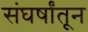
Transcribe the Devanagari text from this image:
संघर्षांतून